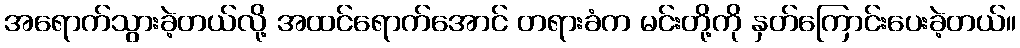
အရောက်သွားခဲ့တယ်လို့ အထင်ရောက်အောင် တရားခံက မင်းတို့ကို နှတ်ကြောင်းပေးခဲ့တယ်။